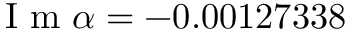
\mathrm { ~ I ~ m ~ } \alpha = - 0 . 0 0 1 2 7 3 3 8